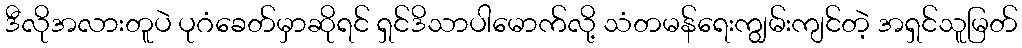
ဒီလိုအလားတူပဲ ပုဂံခေတ်မှာဆိုရင် ရှင်ဒိသာပါမောက်လို့ သံတမန်ရေးကျွမ်းကျင်တဲ့ အရှင်သူမြတ်